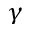
\gamma